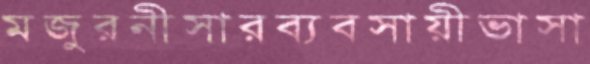
মজুরনীসারব্যবসায়ীভাসা